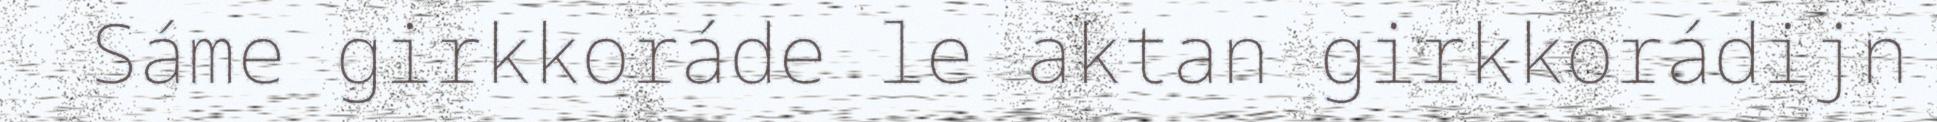
Sáme girkkoráde le aktan girkkorádijn